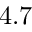
4 . 7